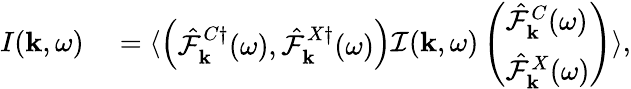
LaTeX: \begin{array}{rl}{I({\mathbf k},\omega)}&{{}=\langle\left(\begin{array}{l}{\hat{\mathcal{F}}_{{\mathbf k}}^{C\dagger}(\omega),\hat{\mathcal{F}}_{{\mathbf k}}^{X\dagger}(\omega)}\end{array}\right)\mathcal{I}({\mathbf k},\omega)\left(\begin{array}{l}{\hat{\mathcal{F}}_{{\mathbf k}}^{C}(\omega)}\\ {\hat{\mathcal{F}}_{{\mathbf k}}^{X}(\omega)}\end{array}\right)\rangle,}\end{array}